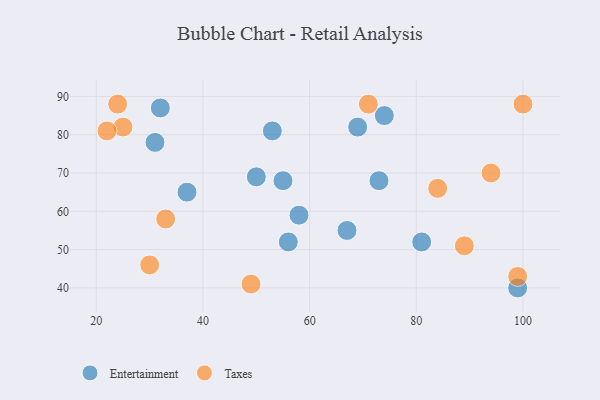
{"axis": {"x": "GDP", "y": "Life Expectancy"}, "legend": ["Entertainment", "Taxes"], "data": [{"x": "31", "y": 78, "type": "Entertainment"}, {"x": "56", "y": 52, "type": "Entertainment"}, {"x": "69", "y": 82, "type": "Entertainment"}, {"x": "53", "y": 81, "type": "Entertainment"}, {"x": "73", "y": 68, "type": "Entertainment"}, {"x": "32", "y": 87, "type": "Entertainment"}, {"x": "67", "y": 55, "type": "Entertainment"}, {"x": "81", "y": 52, "type": "Entertainment"}, {"x": "99", "y": 40, "type": "Entertainment"}, {"x": "58", "y": 59, "type": "Entertainment"}, {"x": "55", "y": 68, "type": "Entertainment"}, {"x": "50", "y": 69, "type": "Entertainment"}, {"x": "74", "y": 85, "type": "Entertainment"}, {"x": "37", "y": 65, "type": "Entertainment"}, {"x": "25", "y": 82, "type": "Taxes"}, {"x": "30", "y": 46, "type": "Taxes"}, {"x": "33", "y": 58, "type": "Taxes"}, {"x": "24", "y": 88, "type": "Taxes"}, {"x": "99", "y": 43, "type": "Taxes"}, {"x": "100", "y": 88, "type": "Taxes"}, {"x": "84", "y": 66, "type": "Taxes"}, {"x": "89", "y": 51, "type": "Taxes"}, {"x": "49", "y": 41, "type": "Taxes"}, {"x": "94", "y": 70, "type": "Taxes"}, {"x": "71", "y": 88, "type": "Taxes"}, {"x": "22", "y": 81, "type": "Taxes"}]}